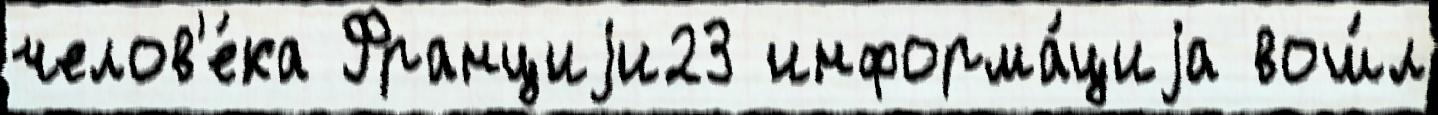
челов'е́ка Франциjи23 информа́циjа вош́л